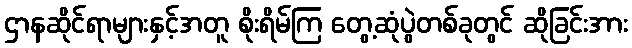
ဌာနဆိုင်ရာများနှင့်အတူ စိုးရိမ်ကြ တွေ့ဆုံပွဲတစ်ခုတွင် ဆိုခြင်းအား